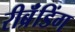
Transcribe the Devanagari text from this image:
रीब्रॅंडिंग